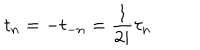
t _ { n } = - t _ { - n } = \frac { 1 } { 2 i } \tau _ { n }